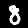
Digit: 8